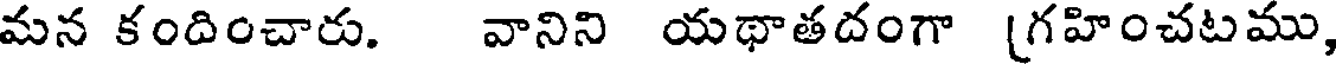
మన కందించారు. వానిని యథాతదంగా [గహించటము,